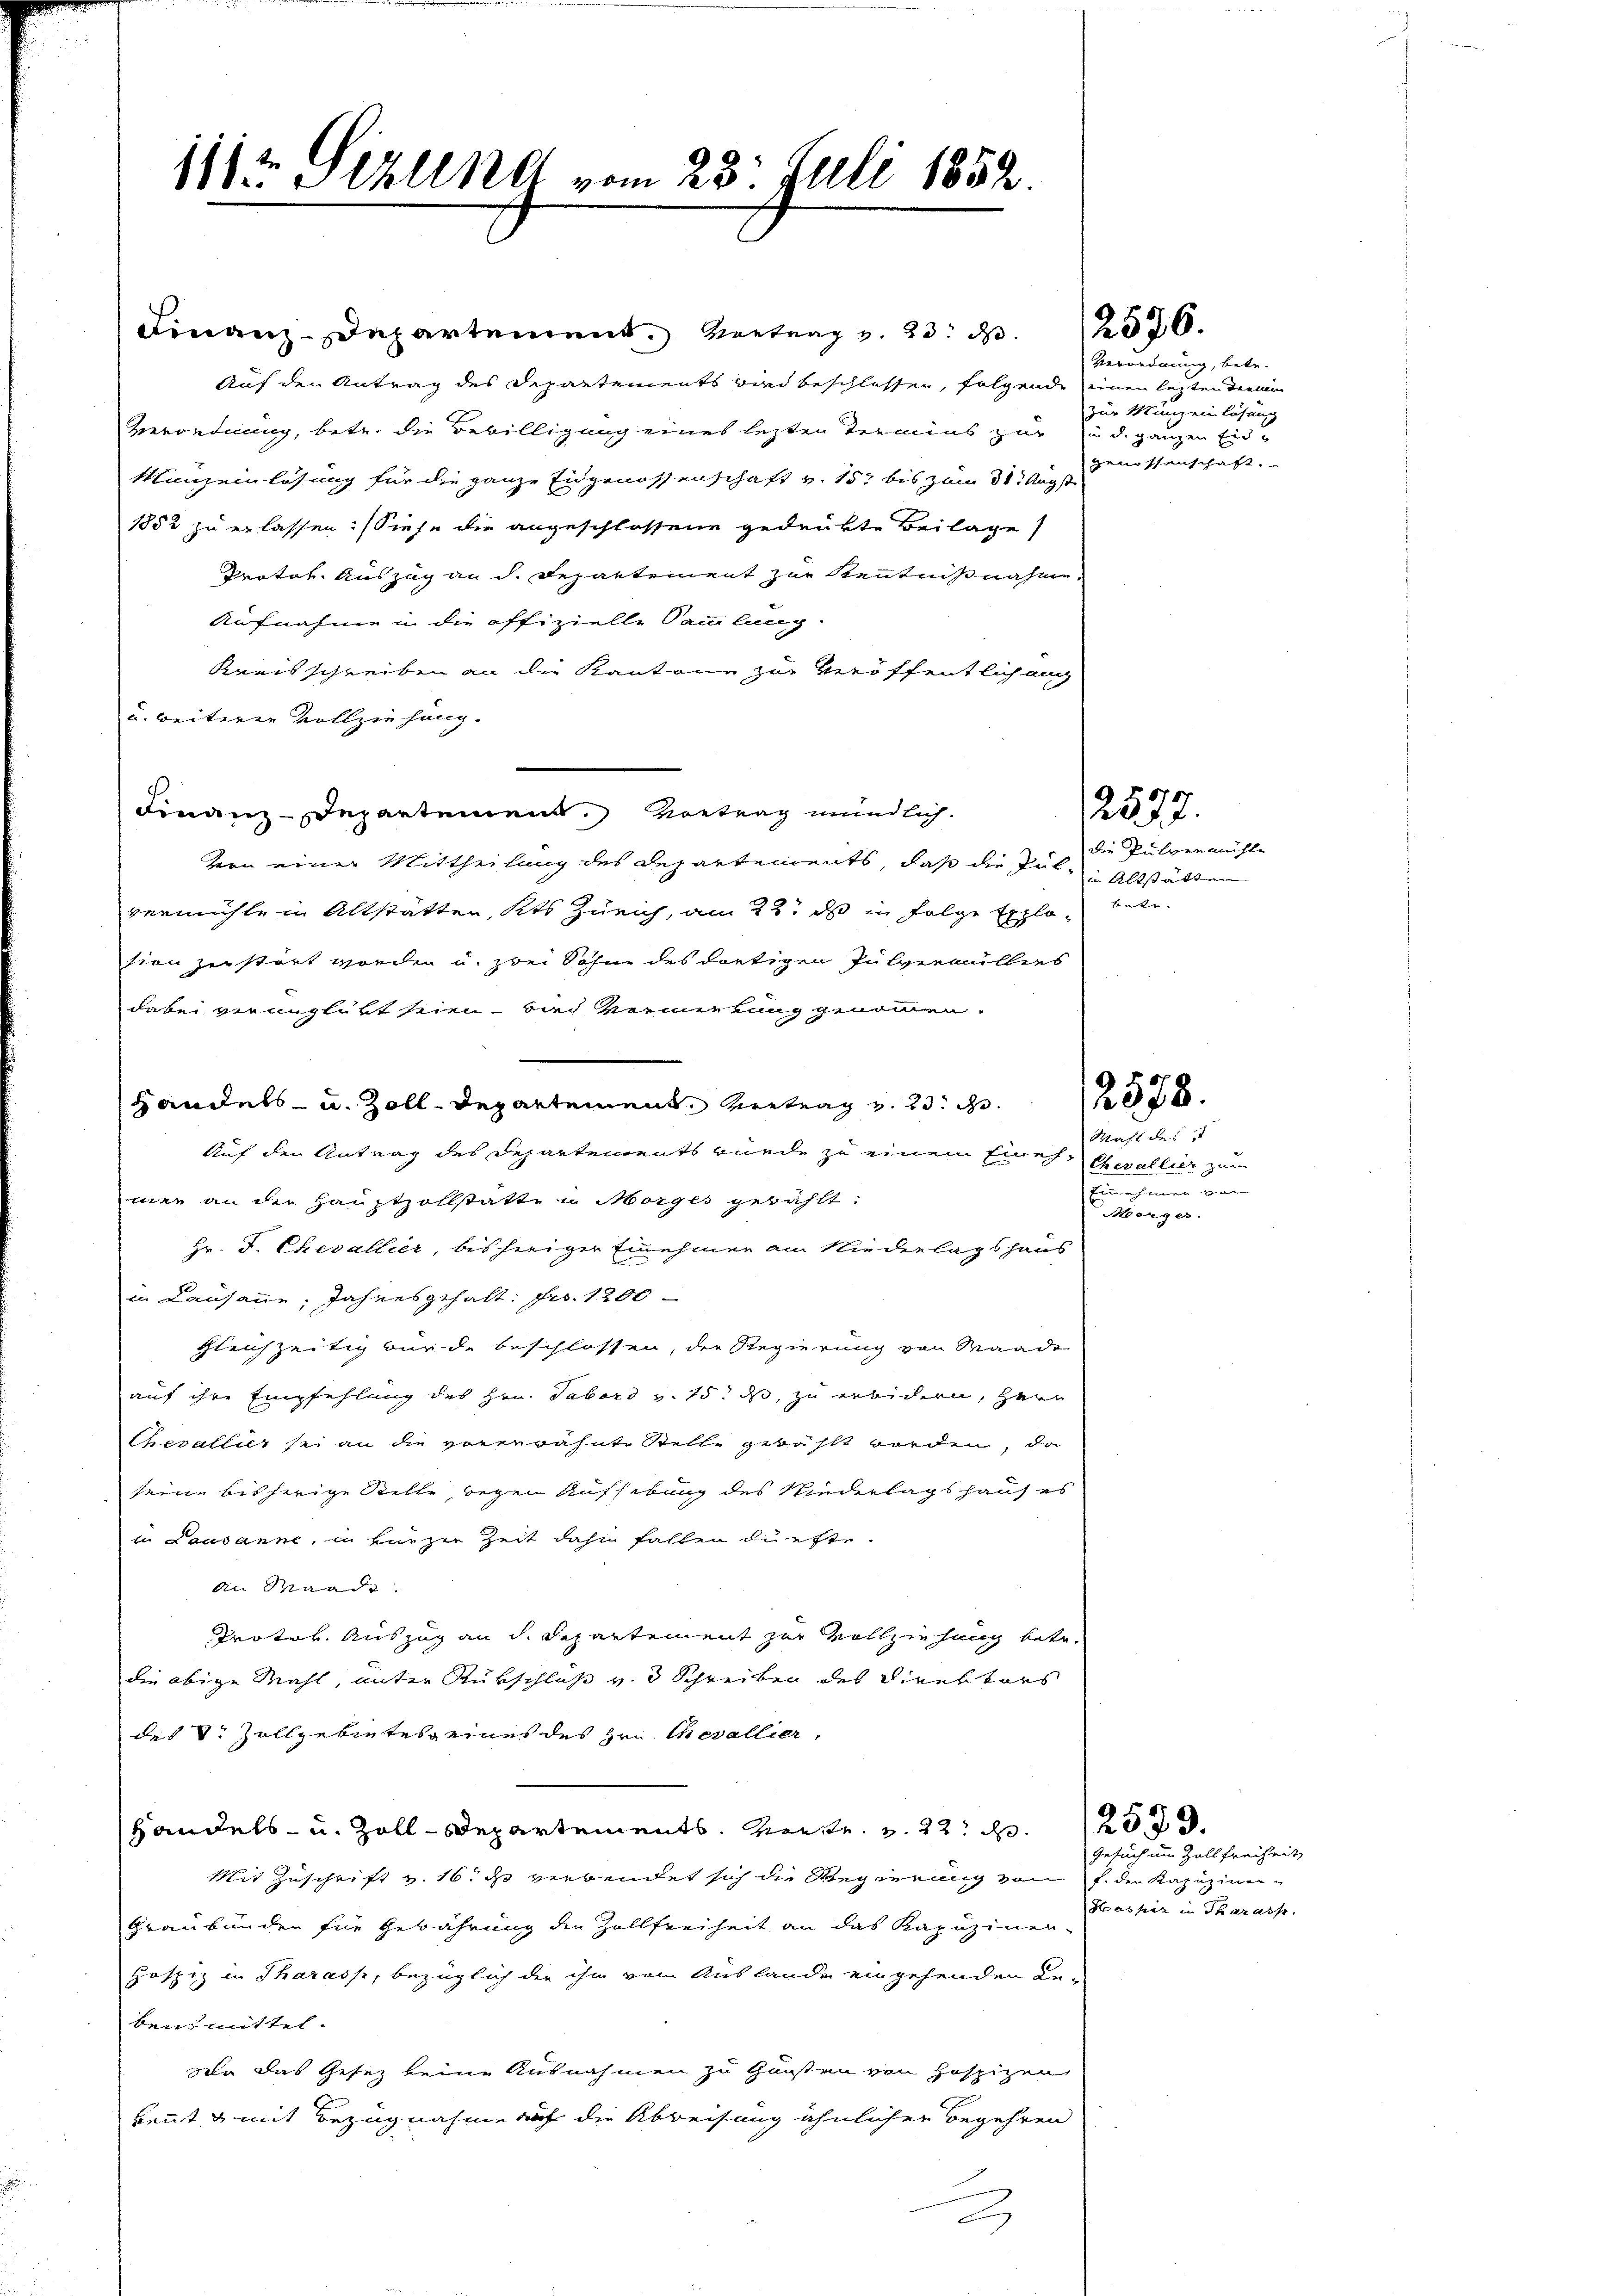
11t Ahlet vom 23. Juli 1859

Finanz-Departement. Vortrag v. 23. d. 256.
Auf den Antrag des Departements und beschlossen, folgende einen lezten deren
Verordnung, betr. die Bewilligung eines lezten Termins zur Rud. ganzen Ein¬
Manzeinlösung für die ganze Eidgenossenschaft v. 15 bis zum 31. Augst
1852 zu erlassen. (Siehe die angeschlossene gedrükte Beilage
Protok. Auszug an d. Departement zur Kenntnißnahme.
Aufnahme in die offizielle Sammlung
Kreisschreiben an die Kantone zur Veröffentlich auc
u. weiteren Vollziehung.
Finanz-Departement. Vortrag mündlich.
von einer Mittheilung des Departements, daß die Pul- u Altstätten
bermühle in Altstatten, Kts Zürich, am 22t ds in Folge Explo betr.
sion zerstört worden u. zwei Sohne des dortigen Pulvermüllers
dabei verunglückt sein – bei keinen lang genommen.
Handels- u. Zolldepartement Vertrag v. 23.
Auf den Antrag des Departements wurde zu einem Eines Chevallier zum
mee an die Hauptzollstatte in Morges gewählt:
Hr. F. Chevallier, bisheriger Einehmer am Niederlagshaus
in Lausanne, Jahresgehalt: Fr. 1200
Gleichzeitig wurde beschlossen, der Regierung von Waadt
auf ihre Empfehlung des Hrn. Tabord v. 15. ds, zu erwidern, Herr
Chevallier sei an die vorerwähnte Stelle gewählt worden, da
seine bisherige Stelle, gegen Aufhebung des Niederlagshaus es
in Lausanne, in ein zu Zeit dahin fallen dürfte
An Waadt.
Protok. Auszug an d. Departement zur Vollziehung betr.
die obige Mahl, unter Rückschluß v. 3 Schreiben des Direktors
des S. Zollgebietes eines des Hrn. Chevallier,
Handels- u. Zoll-Departements vertr. v. 22. d. 23.
Mit Zuschrift v. 16. ds verbendet sich die Regierung von f. der Kapuziner¬
Graubünden für Gewährung die Zollfreiheit an das Kapuzinen-
Hospiz in Tharasp, bezüglich der ihn von Auslande eingehenden Be-
bensmittel.
den das Gesez keine Ausnahmen zu Gunsten von Hospizen,
kennt & mit Bezugnahme auf die Abweisung ähnlicher Begehren

Verordnung, betr.
zur Münzenlösung
Genossenschaft.

die Pulvermühle

2577.

Mahl des
Einehmen von
Morges.

Gesuch im Zoll Freiheit
Hospiz in Tkarass